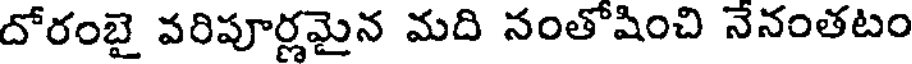
దోరంబై వరిపూర్లమైన మది నంతోషించి నేనంతటం